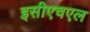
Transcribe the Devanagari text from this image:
इसीएचएल